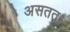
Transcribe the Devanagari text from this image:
असतत।